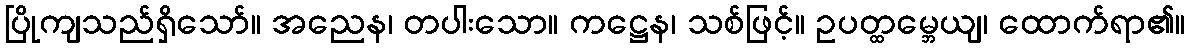
ပြိုကျသည်ရှိသော်။ အညေန၊ တပါးသော။ ကဋ္ဌေန၊ သစ်ဖြင့်။ ဥပတ္ထမ္ဘေယျ၊ ထောက်ရာ၏။